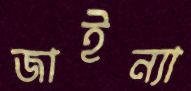
জাইন্যা